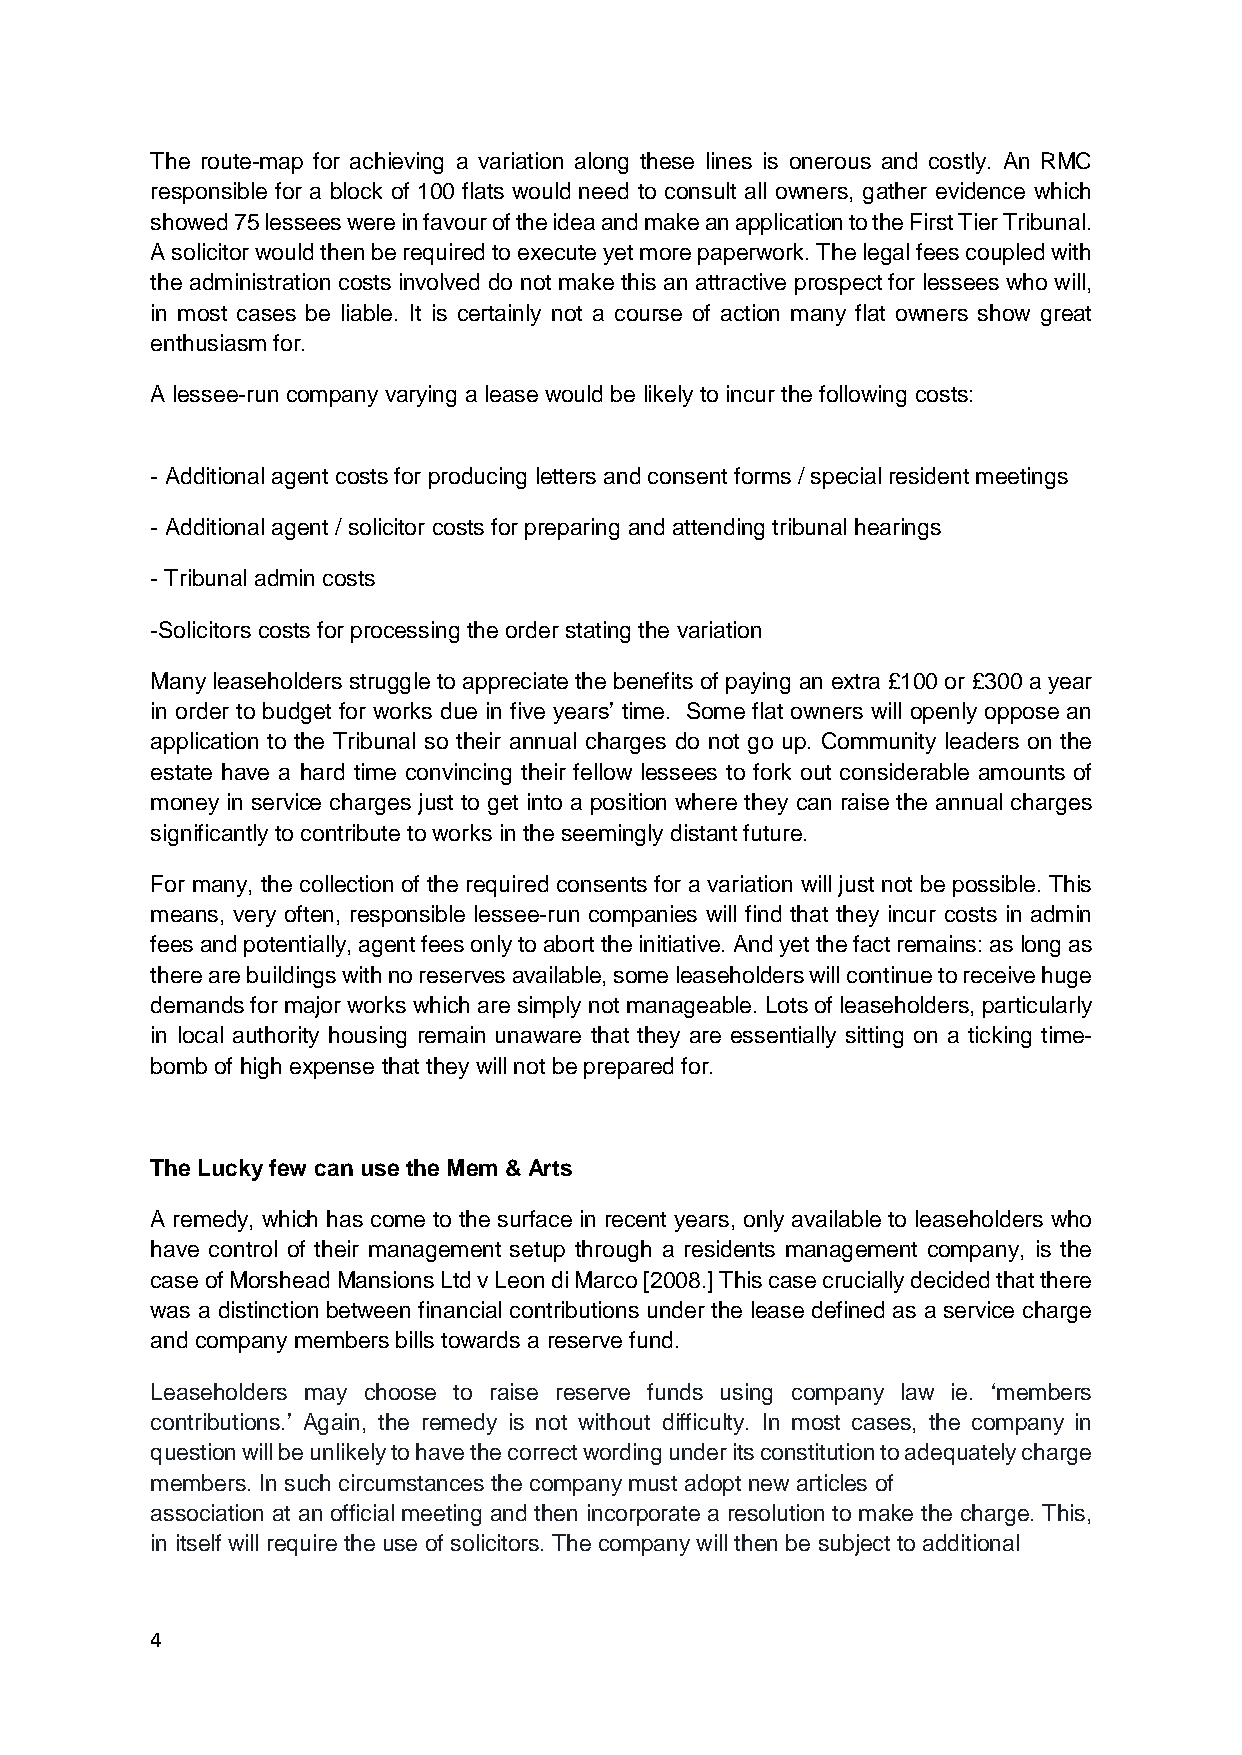
The route-map for achieving a variation along these lines is onerous and costly. An RMC
 responsible for a block of 100 flats would need to consult all owners, gather evidence which
 showed 75 lessees were in favour of the idea and make an application to the First Tier Tribunal.
 A solicitor would then be required to execute yet more paperwork. The legal fees coupled with
 the administration costs involved do not make this an attractive prospect for lessees who will,
 in most cases be liable. It is certainly not a course of action many flat owners show great
 enthusiasm for.
 A lessee-run company varying a lease would be likely to incur the following costs:
 - Additional agent costs for producing letters and consent forms / special resident meetings
 - Additional agent / solicitor costs for preparing and attending tribunal hearings
 - Tribunal admin costs
 -Solicitors costs for processing the order stating the variation
 Many leaseholders struggle to appreciate the benefits of paying an extra £100 or £300 a year
 in order to budget for works due in five years’ time. Some flat owners will openly oppose an
 application to the Tribunal so their annual charges do not go up. Community leaders on the
 estate have a hard time convincing their fellow lessees to fork out considerable amounts of
 money in service charges just to get into a position where they can raise the annual charges
 significantly to contribute to works in the seemingly distant future.
 For many, the collection of the required consents for a variation will just not be possible. This
 means, very often, responsible lessee-run companies will find that they incur costs in admin
 fees and potentially, agent fees only to abort the initiative. And yet the fact remains: as long as
 there are buildings with no reserves available, some leaseholders will continue to receive huge
 demands for major works which are simply not manageable. Lots of leaseholders, particularly
 in local authority housing remain unaware that they are essentially sitting on a ticking time-
 bomb of high expense that they will not be prepared for.
 The Lucky few can use the Mem & Arts
 A remedy, which has come to the surface in recent years, only available to leaseholders who
 have control of their management setup through a residents management company, is the
 case of Morshead Mansions Ltd v Leon di Marco [2008.] This case crucially decided that there
 was a distinction between financial contributions under the lease defined as a service charge
 and company members bills towards a reserve fund.
 Leaseholders may choose to raise reserve funds using company law ie. ‘members
 contributions.’ Again, the remedy is not without difficulty. In most cases, the company in
 question will be unlikely to have the correct wording under its constitution to adequately charge
 members. In such circumstances the company must adopt new articles of
 association at an official meeting and then incorporate a resolution to make the charge. This,
 in itself will require the use of solicitors. The company will then be subject to additional
 4